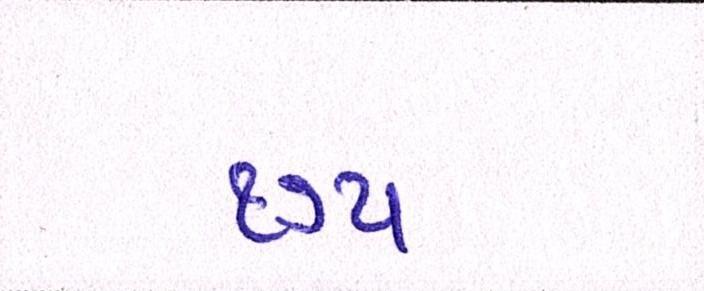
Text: ૧૭૫